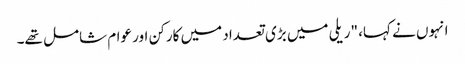
انہوں نے کہا، "ریلی میں بڑی تعداد میں کارکن اور عوام شامل تھے۔